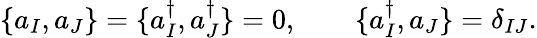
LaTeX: \{ a_{I},a_{J}\} =\{ a_{I}^{\dagger},a_{J}^{\dagger}\} =0,\qquad\{ a_{I}^{\dagger},a_{J}\} =\delta_{IJ}.